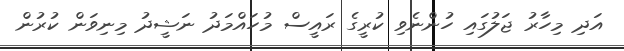
އަދި މިހާރު ޖަލުގައި ހުންނެވި ކުރީގެ ރައީސް މުހައްމަދު ނަޝީދު މިނިވަން ކުރުން